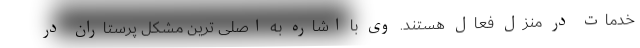
خدمات در منزل فعال هستند. وی با اشاره به اصلی ترین مشکل پرستاران در